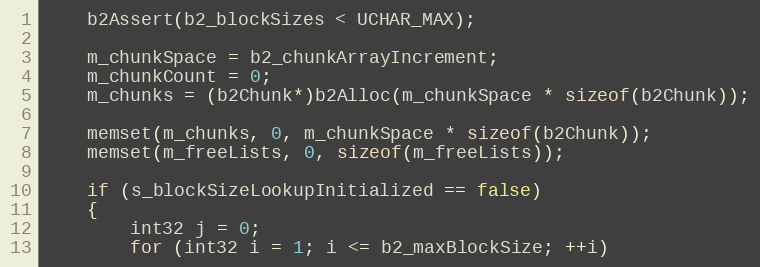
Language: C++
	b2Assert(b2_blockSizes < UCHAR_MAX);

	m_chunkSpace = b2_chunkArrayIncrement;
	m_chunkCount = 0;
	m_chunks = (b2Chunk*)b2Alloc(m_chunkSpace * sizeof(b2Chunk));

	memset(m_chunks, 0, m_chunkSpace * sizeof(b2Chunk));
	memset(m_freeLists, 0, sizeof(m_freeLists));

	if (s_blockSizeLookupInitialized == false)
	{
		int32 j = 0;
		for (int32 i = 1; i <= b2_maxBlockSize; ++i)